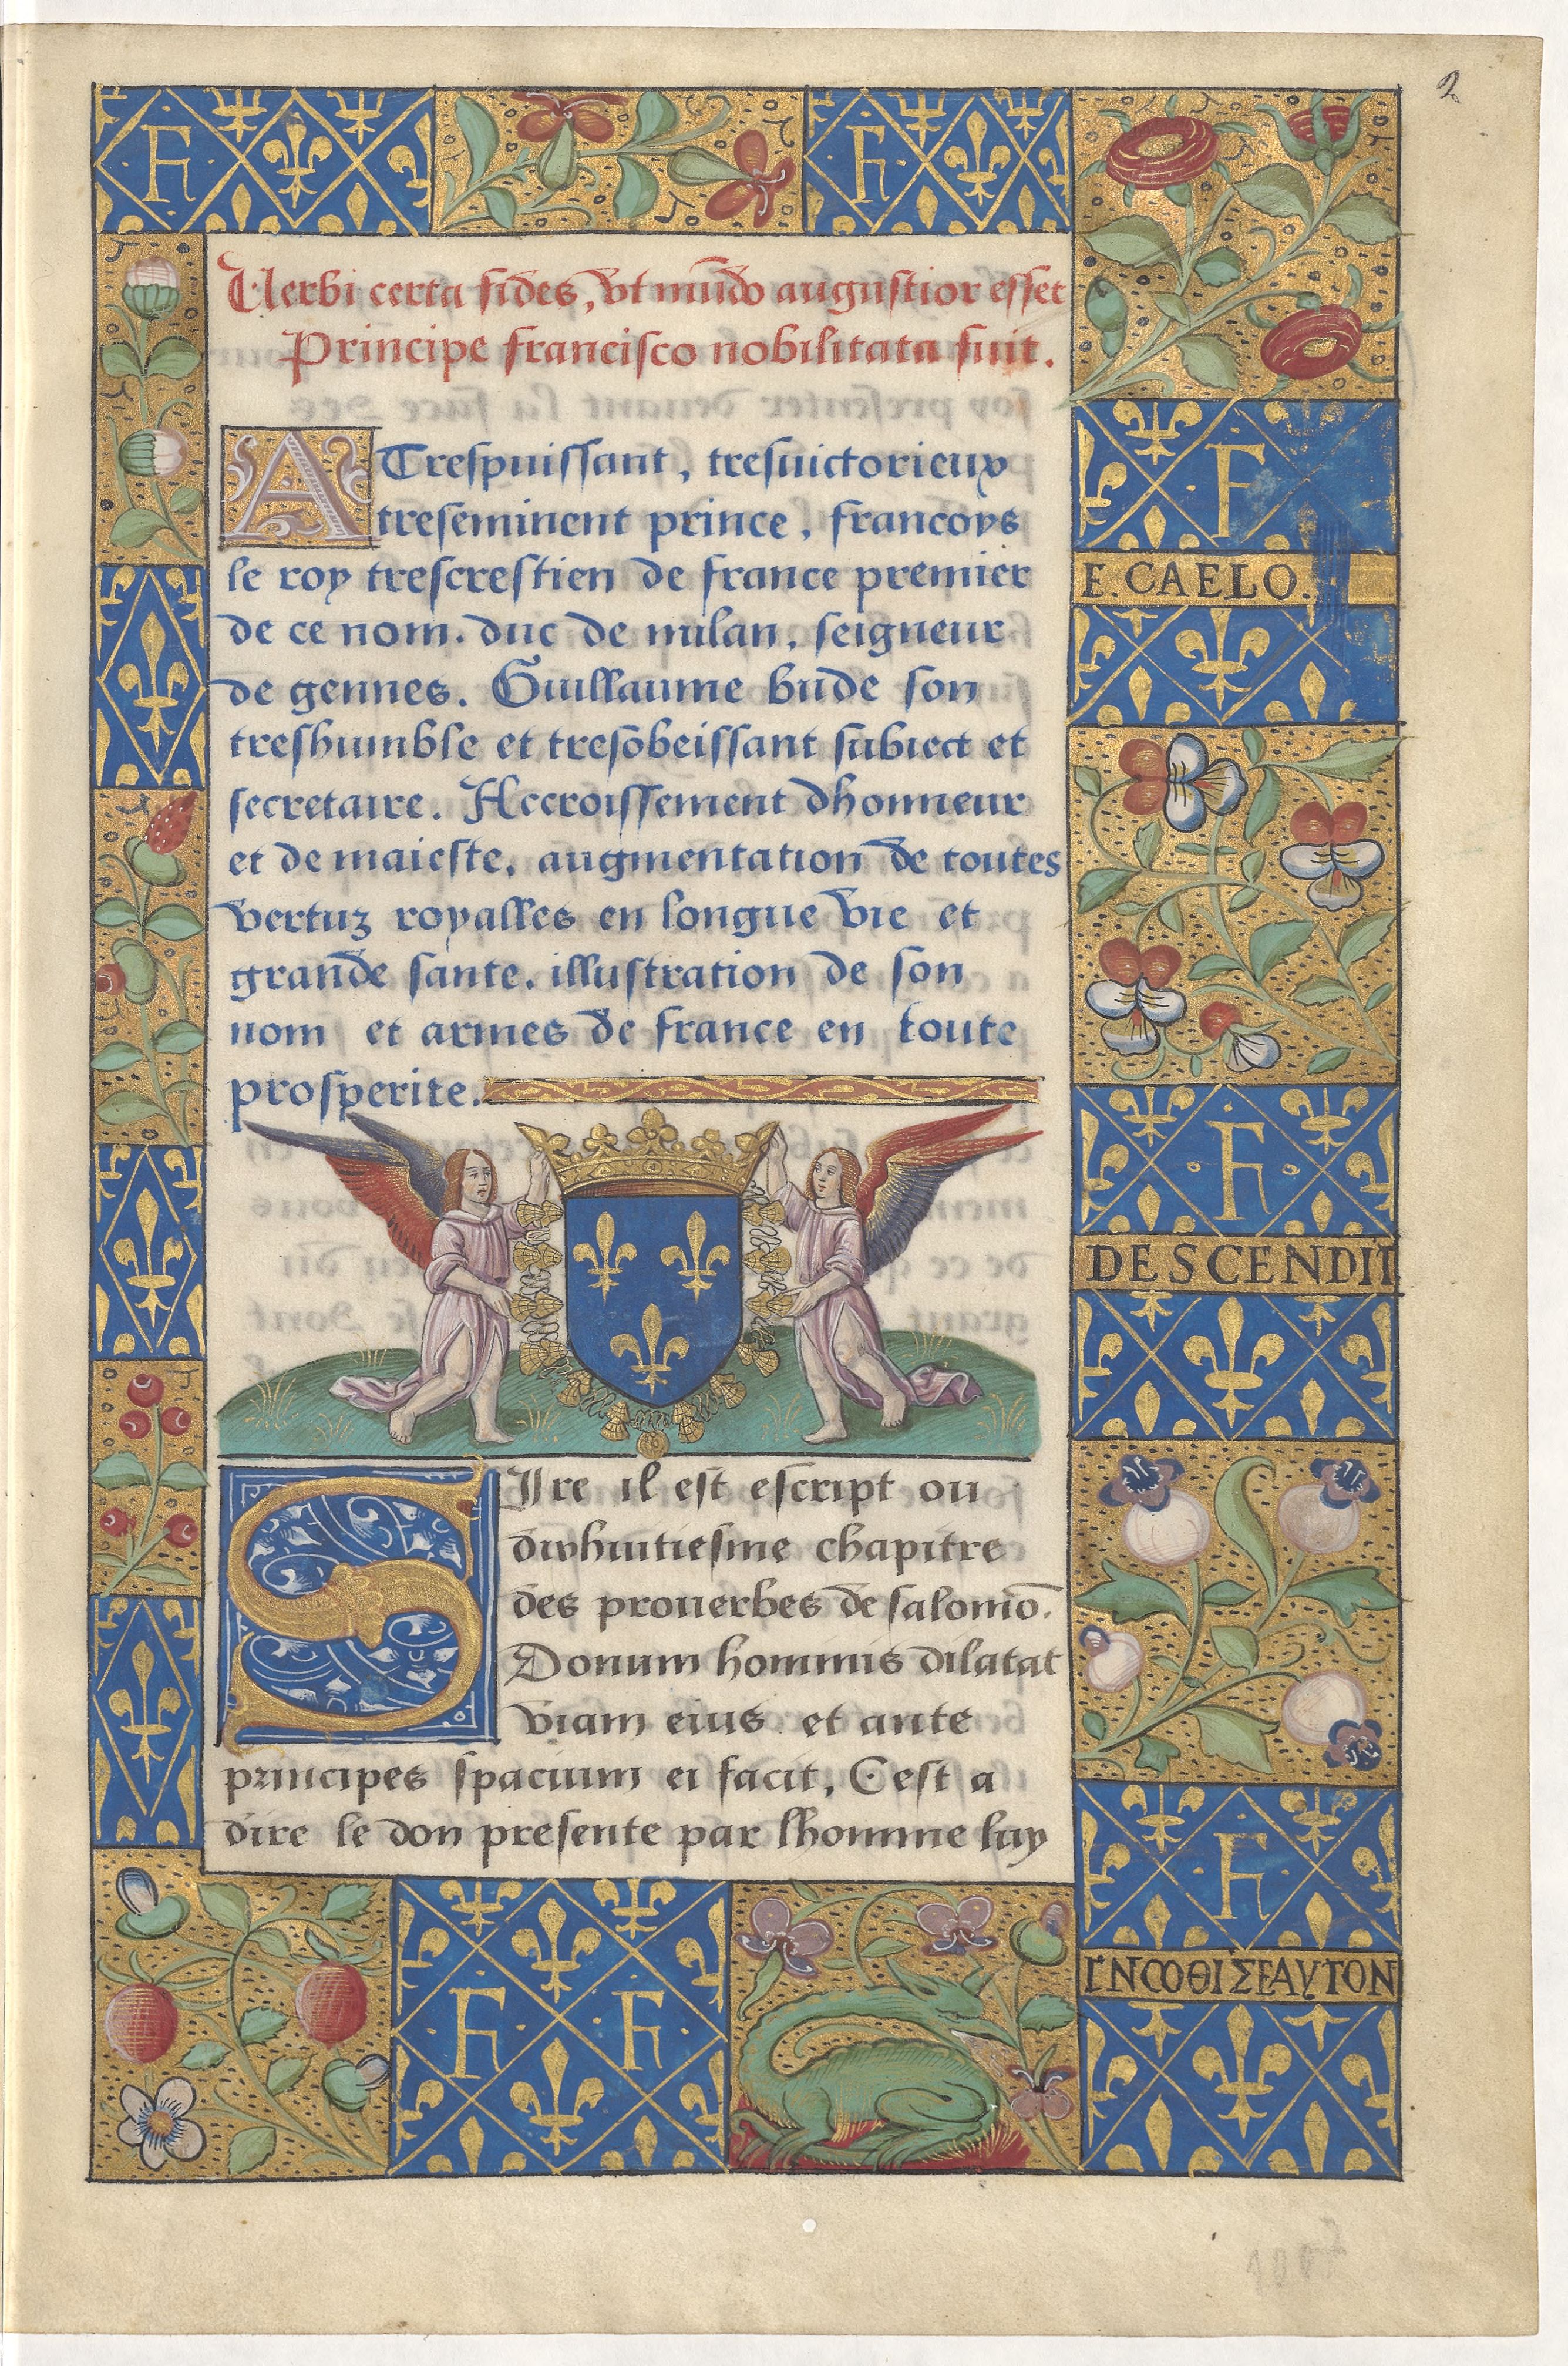
Shelfmark: Paris, BnF, Arsenal, 5103
Century: 15